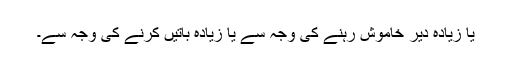
یا زیادہ دیر خاموش رہنے کی وجہ سے یا زیادہ باتیں کرنے کی وجہ سے۔